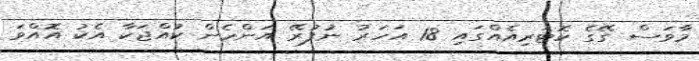
މާވަސް ގޭގެ ކޮޓަރިއެއްގައި 18 އަހަރު ނުފުރޭ އަންހެން ކުއްޖަކާ އެކު އޮއްވަ